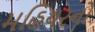
મહિયરનો